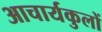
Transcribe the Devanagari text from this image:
आचार्यकुलों